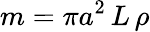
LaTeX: m=\pi a^{2}\, L\, \rho